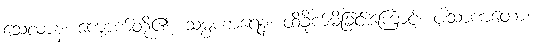
သေလာနံ၊ ကျောက်တို့၏။ သမ္ပဟာရေန၊ ထိခိုက်မိခြင်းကြောင့်။ ပါသာဏတော၊